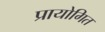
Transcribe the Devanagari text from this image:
प्रायोगित